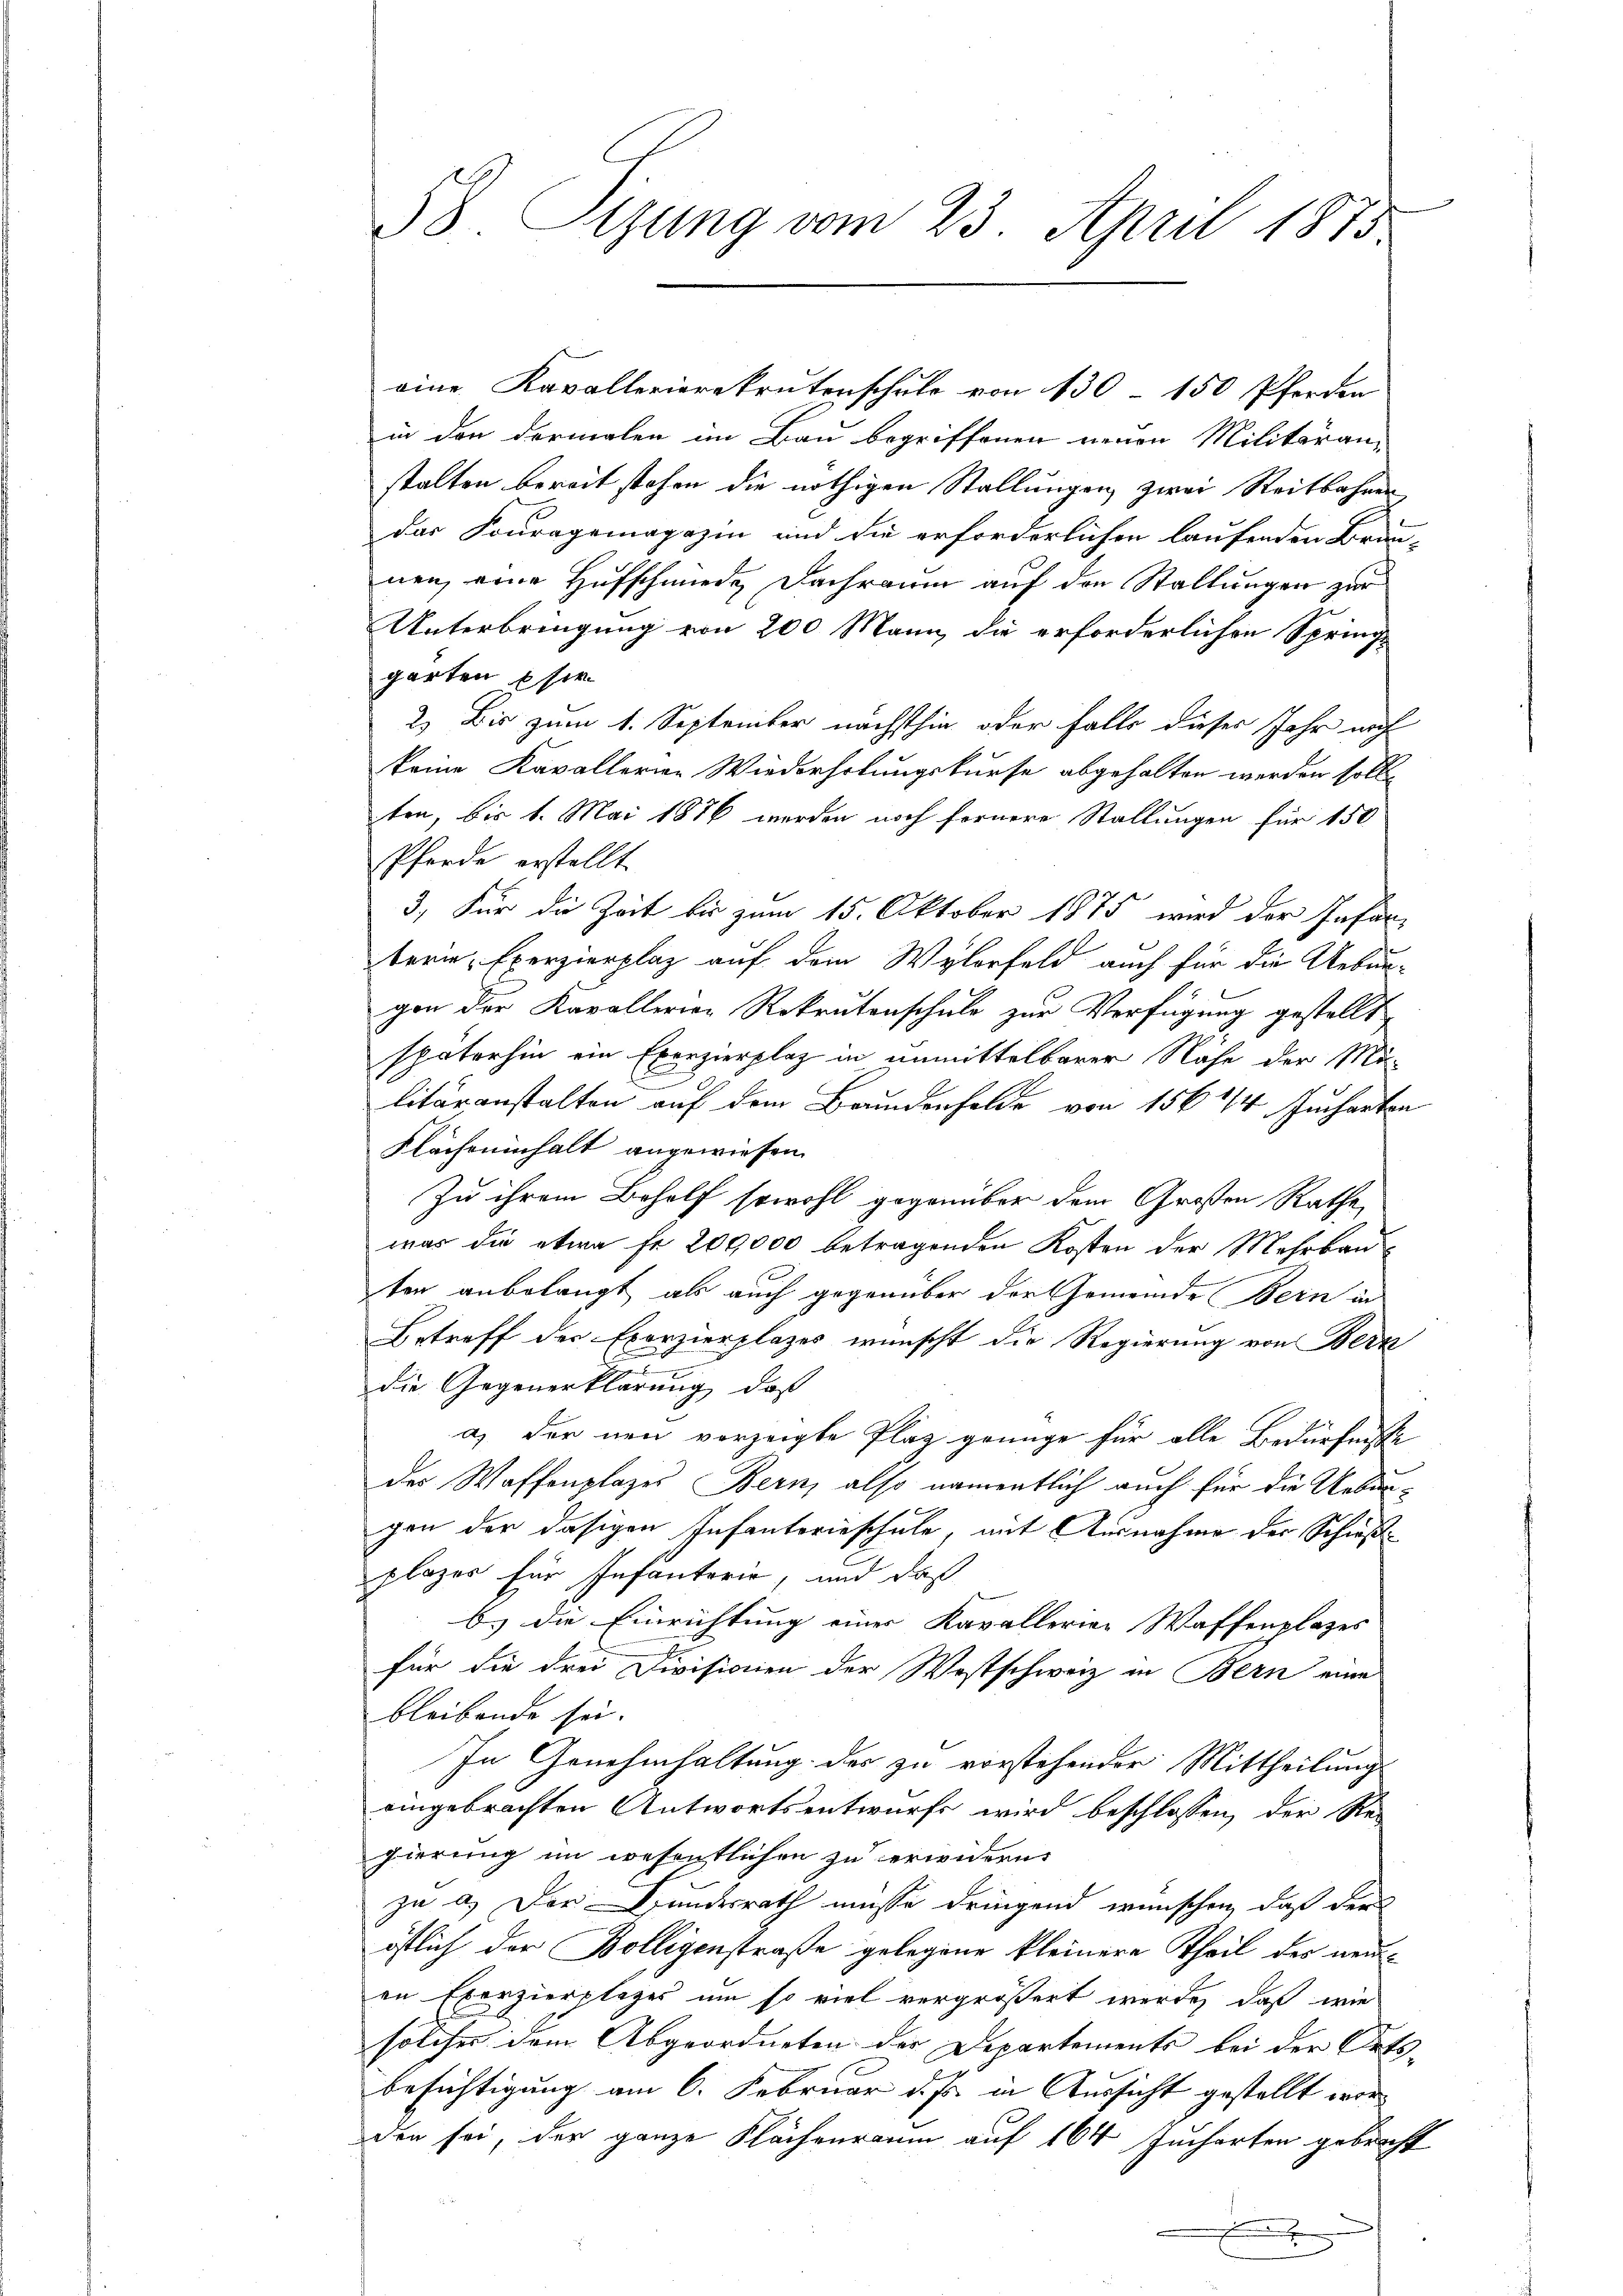
38. Sizung vom 23. April 1875

in den dermalen im Bau begriffenen neuen Militäran-
stalten bereit stehen die nöthigen Stallungen zwei Reitbahnen
das Fouragemagazin und die erforderlichen laufenden Bräu-
nen, eine Hufschmiede Dachraum auf den Stallungen zur
Unterbringung von 200 Mann die erforderlichen Spring-
garten Eher
2.) Bis zum 1. September nächsthin oder Falls dieser Jahr noch
keine Kavallerien Wiederholungskurse abgehalten werden soll.
ten, bis 1. Mai 1876 werden noch fernere Stallungen für 150
Pferde erstellt.
3, Für die Zeit bis zum 15. Oktober 1875 wird der Infan
term Exerzierplaz auf dem Wylorfeld auch für die Uebun-
gen der Kavallerien Rekrutenschule zur Verfügung gestellt
späterhin ein Exerzierplaz in unmittelbarer Nähe der Mo-
litäranstalten auf dem Brundenfelde von 156 4/4 Jucharten
Flächeninhalt angewiesen.
Zu ihrem Beholf sowohl gegenüber dem Großen Rathe
was die etwa Fr. 200,000 betragenden Kosten der Mehrbau
ten anbelangt als auch gegenüber der Gemeinde Bern in
Betreff der Exerzierplazes wünscht die Regierung von Bern
.
die Gegenerklärung, daß
a) der neu vorzeigte Plaz genüge für alle Bedürfnisse
des Waffenplazes Bern, also namentlich auch für die Uebungen der dasigen Infanterieschule, mit Ausnahme der Schießplazes für Infanterie, und das
b.) die Einrichtung einer Kavallerien Waffenplazes
für die drei Divisionen der Wostschweiz in Bern eine
bleibende sei.
In Genehmhaltung der zu vorstehender Mittheilung
eingebrachten Antwortsentwurfe wird beschlossen, der Re-
gierung im wesentlichen zu erwidern.
zu a. Der Bundesrath müsse dringend wünschen, daß der
östlich der Bolligenstraße gelegene kleinere Theil der neuin Exerzierplages um so viel vergrößert werde, daß wie
solches dem Abgeordneten der Departements bei der Orts-
besichtigung am 6. Februar d. Js. in Aussicht gestellt worden sei, der ganze Flächenraum auf 164 Jucharten gebracht

eine Kavallerierekrutenschule von 130 - 150 Pferden